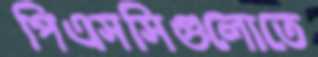
পিএসসিগুলোতে